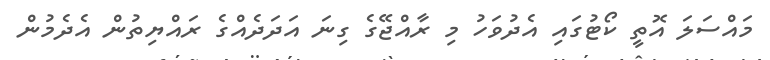
މައްސަލަ އޮތީ ކޯޓުގައި އެދުވަހު މި ރާއްޖޭގެ ގިނަ އަދަދެއްގެ ރައްޔިތުން އެދެމުން